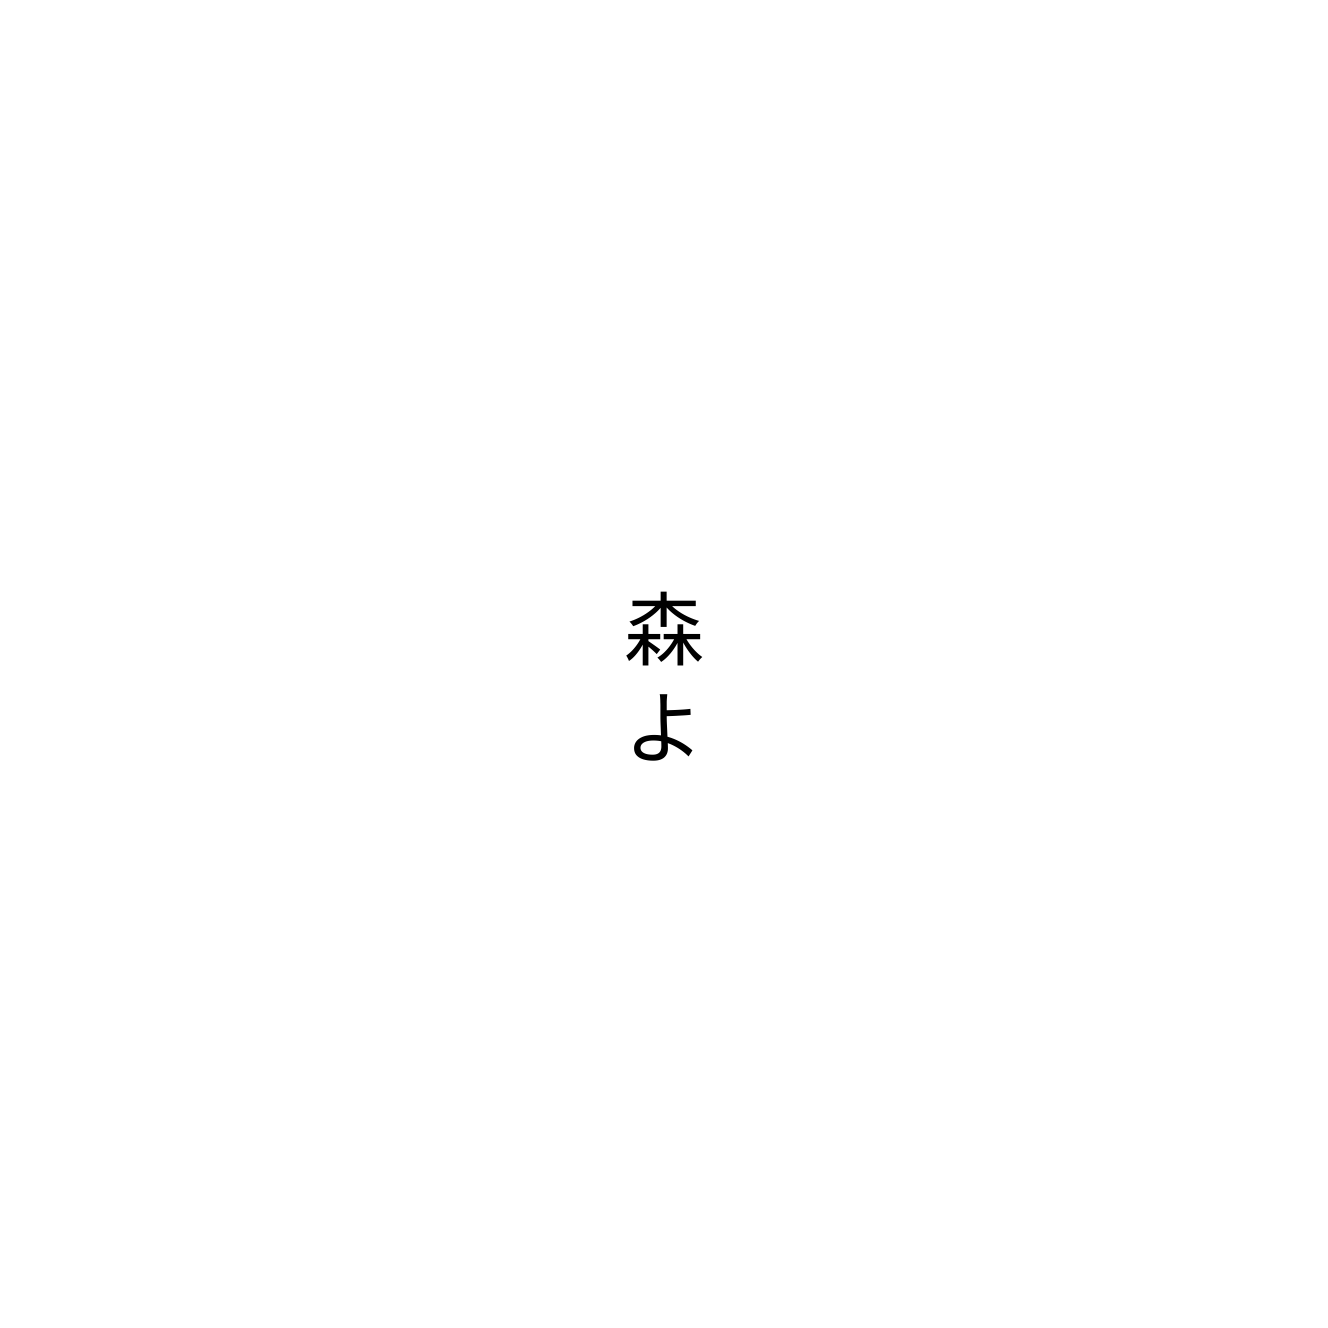
森よ